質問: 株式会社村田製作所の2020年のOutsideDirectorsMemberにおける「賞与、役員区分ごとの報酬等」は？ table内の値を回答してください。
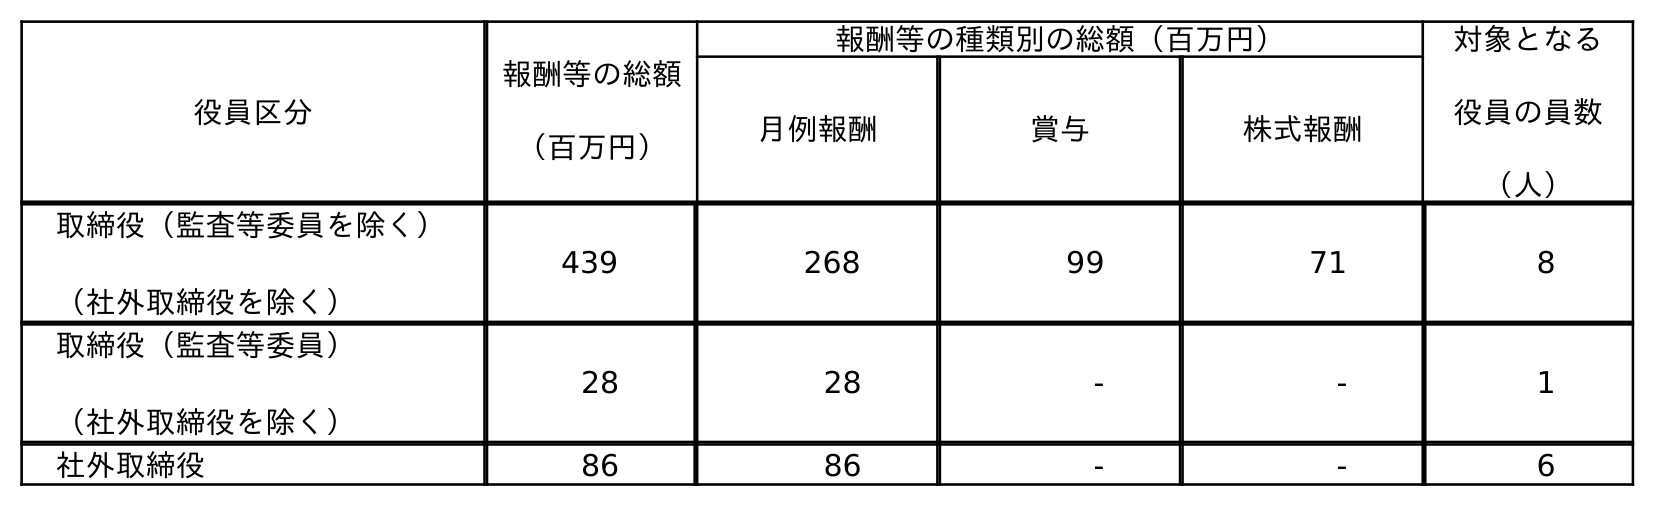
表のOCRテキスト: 役員区分 報酬等の総額 （百万円） 報酬等の種類別の総額（百万円） 対象となる 役員の員数 （人） 月例報酬 賞与 株式報酬 取締役（監査等委員を除く） （社外取締役を除く） 439 268 99 71 8 取締役（監査等委員） （社外取締役を除く） 28 28 - - 1 社外取締役 86 86 - - 6
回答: -